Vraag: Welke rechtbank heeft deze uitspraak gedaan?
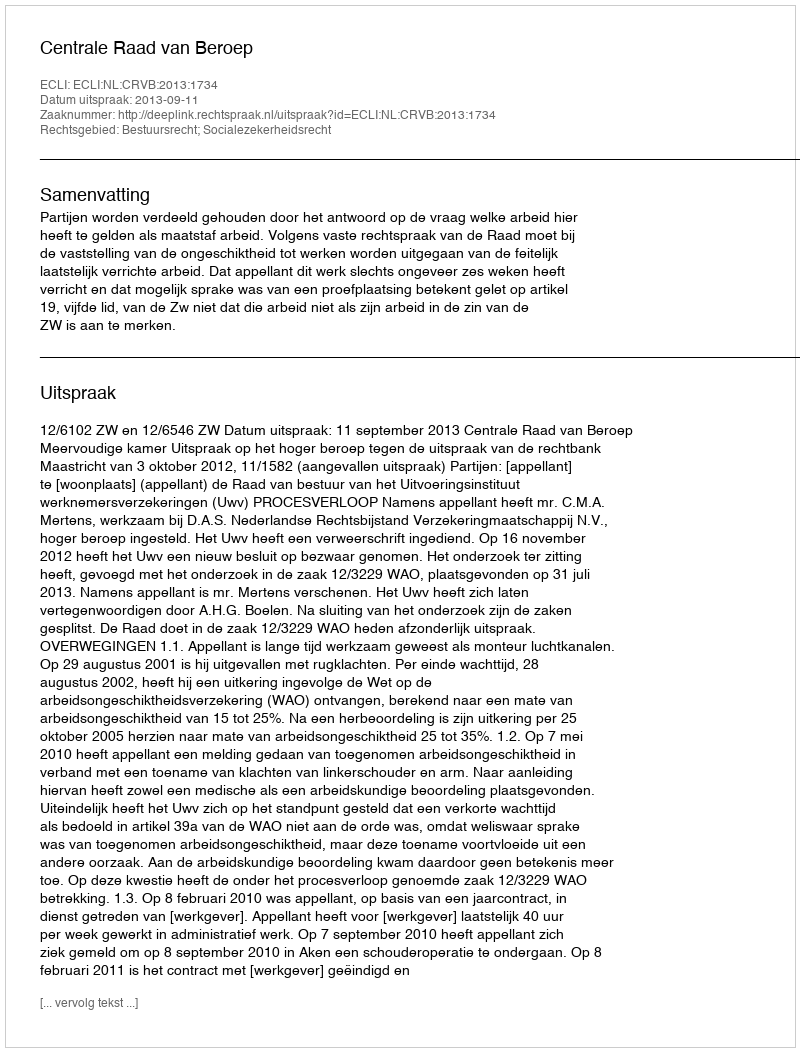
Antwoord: Centrale Raad van Beroep